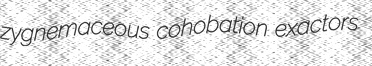
zygnemaceous cohobation exactors